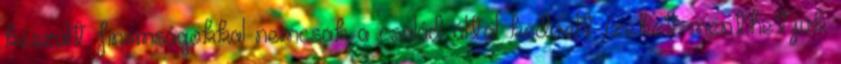
készült finomságokkal nemcsak a család által kedvelt ízeket menthetjük